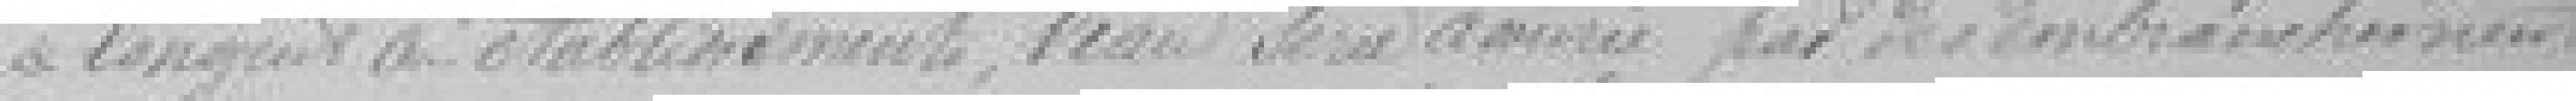
longent ces établissements, l'eau sera amenée par des embranchements